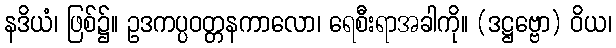
နဒိယံ၊ ဖြစ်၌။ ဥဒကပ္ပဝတ္တနကာလော၊ ရေစီးရာအခါကို။ (ဒဋ္ဌဗ္ဗော) ဝိယ၊